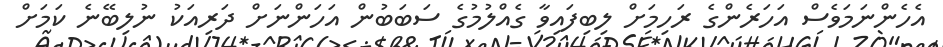
އެހެންނަމަވެސް އަހަރެންގެ ރަހިމަށް ލިބިފައިވާ ގެއްލުމުގެ ސަބަބުން އަހަންނަށް ދަރިއަކު ނުލިބޭނެ ކަމަަށް